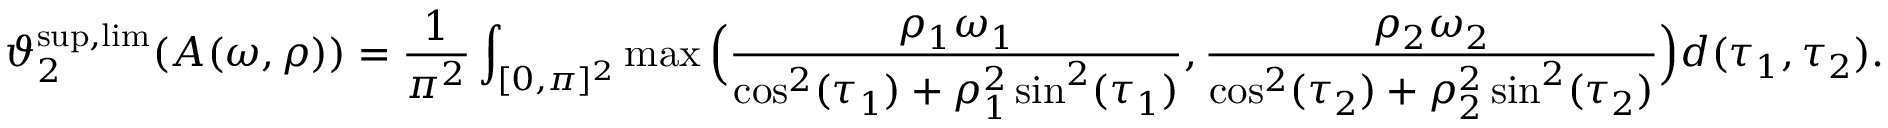
\vartheta _ { 2 } ^ { \operatorname* { s u p } , \operatorname* { l i m } } ( A ( \omega , \rho ) ) = \frac { 1 } { \pi ^ { 2 } } \int _ { [ 0 , \pi ] ^ { 2 } } \operatorname* { m a x } \Big ( \frac { \rho _ { 1 } \omega _ { 1 } } { \cos ^ { 2 } ( \tau _ { 1 } ) + \rho _ { 1 } ^ { 2 } \sin ^ { 2 } ( \tau _ { 1 } ) } , \frac { \rho _ { 2 } \omega _ { 2 } } { \cos ^ { 2 } ( \tau _ { 2 } ) + \rho _ { 2 } ^ { 2 } \sin ^ { 2 } ( \tau _ { 2 } ) } \Big ) d ( \tau _ { 1 } , \tau _ { 2 } ) .